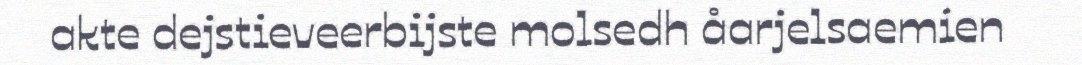
akte dejstieveerbijste molsedh åarjelsaemien